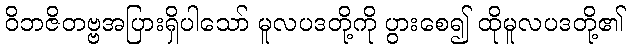
ဝိဘဇိတဗ္ဗအပြားရှိပါသော် မူလပဒတို့ကို ပွားစေ၍ ထိုမူလပဒတို့၏